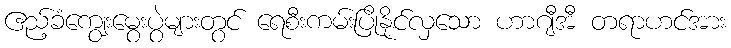
ဧည့်ခံကျွေးမွေးပွဲများတွင် ရေစီးကမ်းပြိုနိုင်လှသော ဟာဂျီအီ တရာဟင်အား